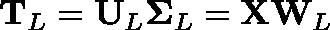
\mathbf { T } _ { L } = \mathbf { U } _ { L } \mathbf { \Sigma } _ { L } = \mathbf { X } \mathbf { W } _ { L }